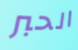
الحبر